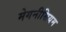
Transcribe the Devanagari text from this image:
मेगनीसियम